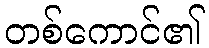
တစ်ကောင်၏